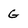
Character: G